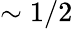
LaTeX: \sim 1/2